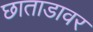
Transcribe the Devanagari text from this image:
छाताडावर